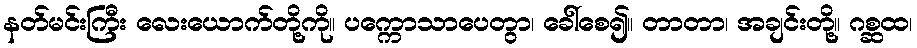
နတ်မင်းကြီး လေးယောက်တို့ကို။ ပက္ကောသာပေတွာ၊ ခေါ်စေ၍။ တာတာ၊ အချင်းတို့။ ဂစ္ဆထ၊